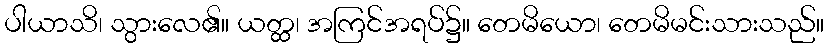
ပါယာသိ၊ သွားလေ၏။ ယတ္ထ၊ အကြင်အရပ်၌။ တေမိယော၊ တေမိမင်းသားသည်။